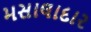
મસાલાદાર